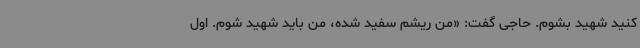
کنید شهید بشوم. حاجی گفت: «من ریشم سفید شده، من باید شهید شوم. اول